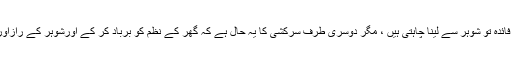
بلکہ ان خواتین سے ہے جو نکاح کے سارے فوائد یعنی اپنی ضروریات کی ساری فراہمی کا فائدہ تو شوہر سے لینا چاہتی ہیں ، مگر دوسری طرف سرکشی کا یہ حال ہے کہ گھر کے نظم کو برباد کر کے اورشوہر کے رازاور انسانی کمزوریاں سب کے سامنے کھول کر اسے رسوا کرنے کے لیے بھی تیار رہتی ہیں۔